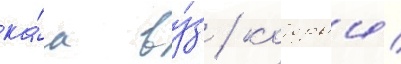
ка́к ву́з / которыи